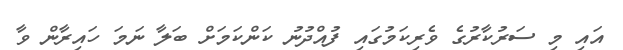
އައި މި ސަރުކާރުގެ ވެރިކަމުގައި ފުއްދުނު ކަންކަމަށް ބަލާ ނަމަ ހައިރާން ވާ